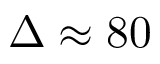
\Delta \approx 8 0